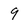
Character: 9